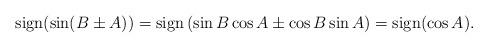
LaTeX: \begin{align*}\textrm{sign}(\sin(B\pm A))=\textrm{sign}\left(\sin B\cos A\pm \cos B\sin A\right)=\textrm{sign}(\cos A).\end{align*}